Report of the Municipal Commissioner on the plague in Bombay for the year ending 31st May... - Volume 3
Disease focus: Plague
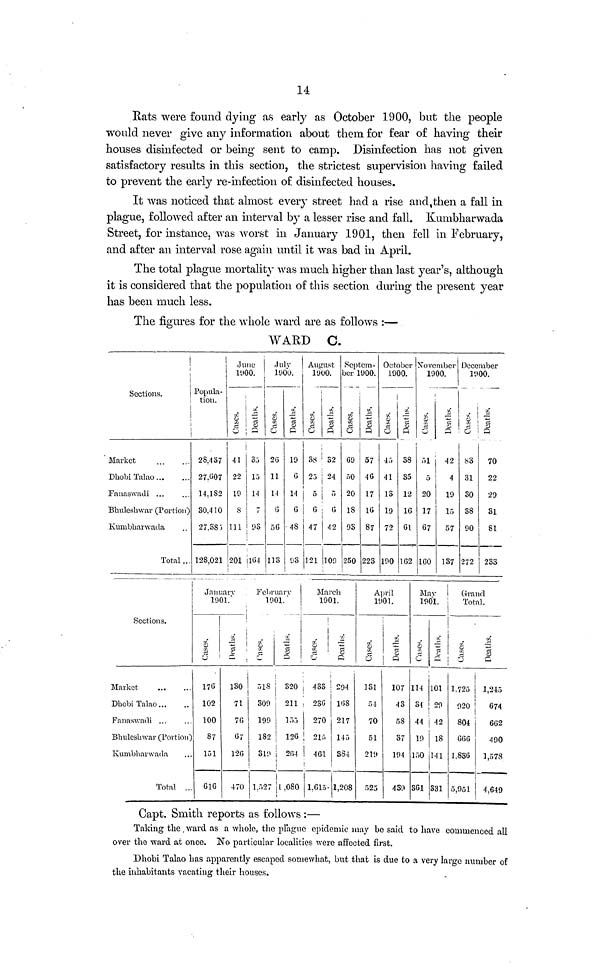
14
Rats were found dying as early as October 1900, but the people
would never give any information about them for fear of having their
houses disinfected or being sent to camp. Disinfection has not given
satisfactory results in this section, the strictest supervision having failed
to prevent the early re-infection of disinfected houses.
It was noticed that almost every street had a rise and then a fall in
plague, followed after an interval by a lesser rise and fall. Kumbharwada
Street, for instance, was worst in January 1901, then fell in February,
and after an interval rose again until it was bad in April.
The total plague mortality was much higher than last year's, although
it is considered that the population of this section during the present year
has been much less.
The figures for the whole ward are as follows :—
WARD C.
i
Sections.
Market
Dhobi Talao
Fanaswadi ...
Bhuleshwar (Portion)
Kumbharwada
Total..
Popula-
tion.
28,437
27.607
14.182
30.410
27.385
128.021
June
1900.
,
Cases.
41
22
10
S
111
201
Deaths.
35
13
14
7
93
¡ KM
July
1900.
Cases.
26
11
14
G
5G
113
Deaths.
10
G
14
G
48
August
1900.
Cases.
38
25
5
6
47
121
Deaths.
32
24
5
G
42
109
Septem-
ber 1900.
Cases.
69
»0
20
18
93
250
Deaths.
57
4G
17
16
87
223
October
1900.
Cases.
45
41
13
19
72
190
Deaths.
38
35
12
16
61
162
November
1900.
Cases.
51
5
20
17
67
160
Deaths.
42
4
19
15
57
137
December
1900.
Cases.
S3
31
30
38
90
272
Deaths.
70
22
29
31
81
233
Sections.
Market
Dhobi Talao...
Fanaswadi ...
Bhuleshwar (Portion)
Kumbharwada
Total ...
January
1901.
Cases.
176
102
100
87
151
G16
Deaths.
130
71
7G
67
12G
470
February
1901.
Cases.
318
309
199
182
319
1.527
Deaths.
320
211
133
126
264
1,080
March
1901.
!
Cases.
433
236
270
215
461
1,615
Deaths.
294
168
217
145
384
1,208
April
1901.
Cases.
131
54
70
51
219
525
Deaths.
107
43
58
37
194
439
May
1901.
Cases.
114
34
44
19
150
361
Deaths.
101
29
42
18
141
331
Grand
Total.
Cases.
1.725
920
804
666
1.836
5,951
Deaths.
1,245
674
662
490
1,578
4.649
Capt. Smith reports as follows :—
Taking the ward as a whole, the plague epidemic may be said to have commenced all
over the ward at once. No particular localities were affected first.
Dhobi Talao has apparently escaped somewhat, but that is due to a very large number of
the inhabitants vacating their houses.